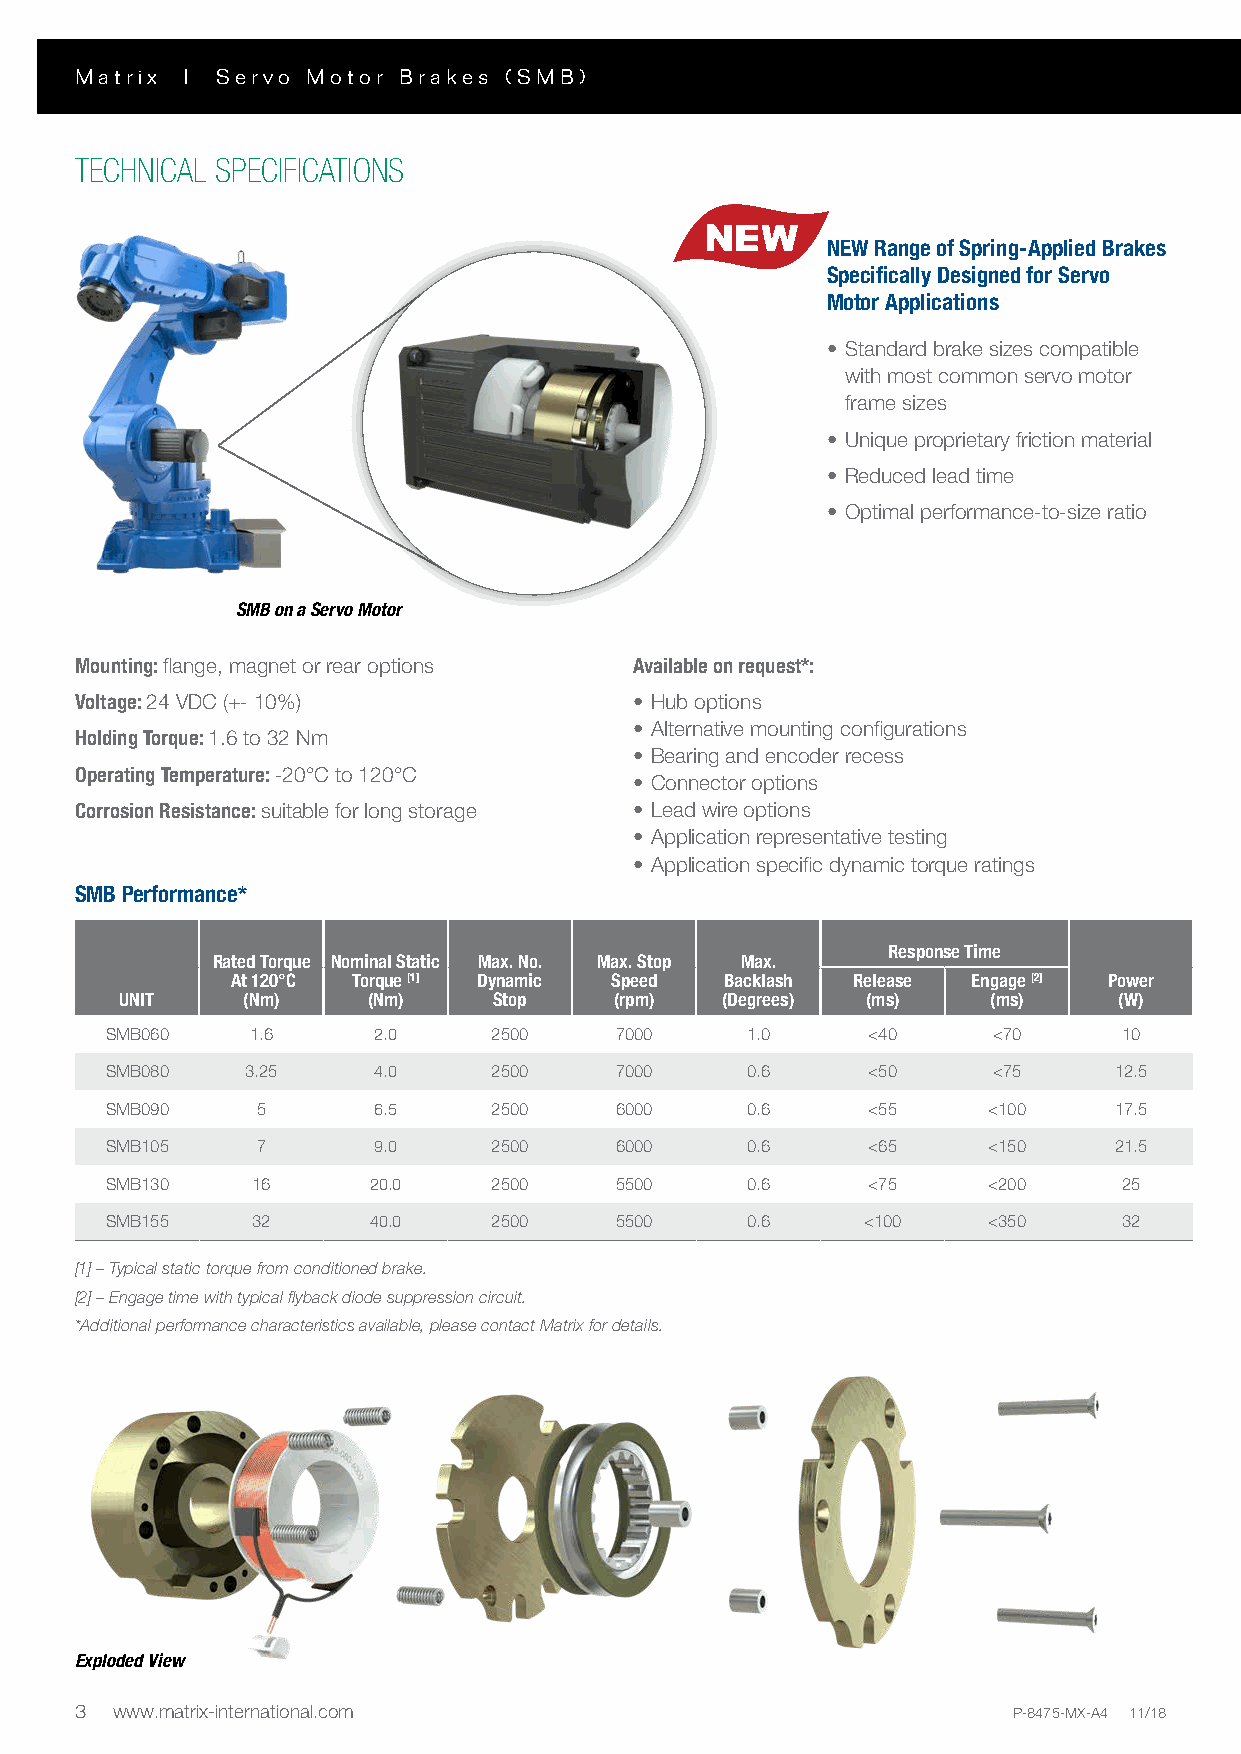
Matrix I Servo Motor Brakes (SMB)
 TECHNICAL SPECIFICATIONS
 NEW Range of Spring-Applied Brakes
 Specifically Designed for Servo
 Motor Applications                                            MAGNET MOUNT     L4           L3     FLANGE MOUNT
 L1
 • Standard brake sizes compatible   3 X
 120°
 L2
 with most common servo motor
 frame sizes
 • Unique proprietary friction material
 • Reduced lead time
 • Optimal performance-to-size ratio
 1D 5D 4D 3D 2D               7D      6D 3D
 SMB on a Servo Motor
 Mounting: flange, magnet or rear options Available on request*:
 Voltage: 24 VDC (+- 10%)             • Hub options
 • Alternative mounting configurations
 Holding Torque: 1.6 to 32 Nm
 • Bearing and encoder recess                       D
 Operating Temperature: -20°C to 120°C
 • Connector options
 M M 003A EL
 D
 TSH TG
 N
 EL
 Corrosion Resistance: suitable for long storage • Lead wire options                                             REAR MOUNT
 • Application representative testing
 • Application specific dynamic torque ratings
 SMB Performance*
 Response Time
 Rated Torque Nominal Static Max. No. Max. Stop Max.
 At 120°C Torque [1] Dynamic Speed Backlash Release Engage [2] Power
 UNIT    (Nm)    (Nm)     Stop    (rpm)  (Degrees) (ms)    (ms)    (W)
 SMB060    1.6     2.0     2500    7000    1.0     <40      <70     10
 SMB080   3.25     4.0     2500    7000    0.6     <50      <75     12.5
 SMB090    5       6.5     2500    6000    0.6     <55     <100     17.5
 SMB105    7       9.0     2500    6000    0.6     <65     <150     21.5
 SMB130    16     20.0     2500    5500    0.6     <75     <200     25
 SMB155    32     40.0     2500    5500    0.6     <100    <350     32
 [1] – Typical static torque from conditioned brake.
 [2] – Engage time with typical flyback diode suppression circuit.
 *Additional performance characteristics available, please contact Matrix for details.
 Exploded View
 3 www.matrix-international.com                                P-8475-MX-A4 11/18